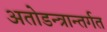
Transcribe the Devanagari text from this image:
अतोडन्त्रान्तर्गत